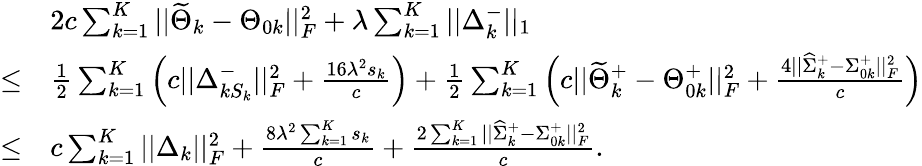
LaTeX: \begin{array}{rl}&{2c\sum_{k=1}^{K}||\widetilde{\Theta}_{k}-\Theta_{0k}||_{F}^{2}+\lambda\sum_{k=1}^{K}||\Delta_{k}^{-}||_{1}}\\ {\leq}&{\frac{1}{2}\sum_{k=1}^{K}\Big(c||\Delta_{kS_{k}}^{-}||_{F}^{2}+\frac{16\lambda^{2}s_{k}}{c}\Big)+\frac{1}{2}\sum_{k=1}^{K}\Big(c||\widetilde{\Theta}_{k}^{+}-\Theta_{0k}^{+}||_{F}^{2}+\frac{4||\widehat{\Sigma}_{k}^{+}-\Sigma_{0k}^{+}||_{F}^{2}}{c}\Big)}\\ {\leq}&{c\sum_{k=1}^{K}||\Delta_{k}||_{F}^{2}+\frac{8\lambda^{2}\sum_{k=1}^{K}s_{k}}{c}+\frac{2\sum_{k=1}^{K}||\widehat{\Sigma}_{k}^{+}-\Sigma_{0k}^{+}||_{F}^{2}}{c}.}\end{array}